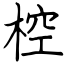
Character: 椌